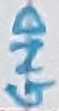
Text: GND